Report of the Municipal Commissioner on the plague in Bombay for the year ending 31st May... - Volume 3
Disease focus: Plague
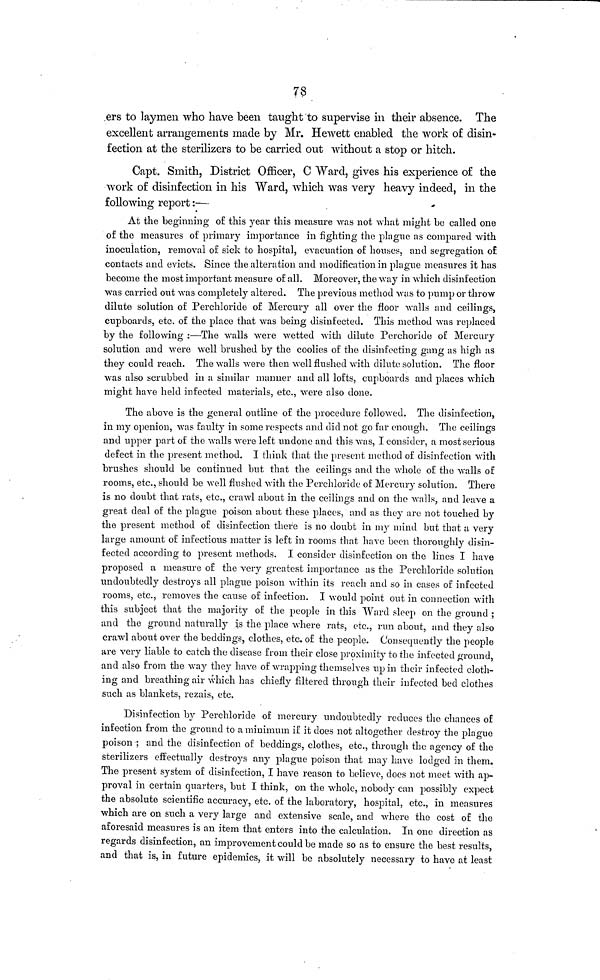
78
ers to laymen who have been taught to supervise in their absence. The
excellent arrangements made by Mr. Hewett enabled the work of disin-
fection at the sterilizers to be carried out without a stop or hitch.
Capt. Smith, District Officer, C Ward, gives his experience of the
work of disinfection in his Ward, which was very heavy indeed, in the
following report:—
At the beginning of this year this measure was not what might be called one
of the measures of primary importance in fighting the plague as compared with
inoculation, removal of sick to hospital, evacuation of houses, and segregation of
contacts and evicts. Since the alteration and modification in plague measures it has
become the most important measure of all. Moreover, the way in which disinfection
was carried out was completely altered. The previous method was to pump or throw
dilute solution of Perchloride of Mercury all over the floor walls and ceilings,
cupboards, etc. of the place that was being disinfected. This method was replaced
by the following :—The walls were wetted with dilute Perchoride of Mercury
solution and were well brushed by the coolies of the disinfecting gang as high as
they could reach. The walls were then well flushed with dilute solution. The floor
was also scrubbed in a similar manner and all lofts, cupboards and places which
might have held infected materials, etc., were also done.
The above is the general outline of the procedure followed. The disinfection,
in my openion, was faulty in some respects and did not go far enough. The ceilings
and upper part of the walls were left undone and this was, I consider, a most serious
defect in the present method. I think that the present method of disinfection with
brushes should be continued but that the ceilings and the whole of the walls of
rooms, etc., should be well flushed with the Perchloride of Mercury solution. There
is no doubt that rats, etc., crawl about in the ceilings and on the walls, and leave a
great deal of the plague poison about these places, and as they are not touched by
the present method of disinfection there is no doubt in my mind but that a very
large amount of infectious matter is left in rooms that have been thoroughly disin-
fected according to present methods. I consider disinfection on the lines I have
proposed a measure of the very greatest importance as the Perchloride solution
undoubtedly destroys all plague poison within its reach and so in cases of infected
rooms, etc., removes the cause of infection. I would point out in connection with
this subject that the majority of the people in this Ward sleep on the ground ;
and the ground naturally is the place where rats, etc., run about, and they also
crawl about over the beddings, clothes, etc. of the people. Consequently the people
are very liable to catch the disease from their close proximity to the infected ground,
and also from the way they have of wrapping themselves up in their infected cloth-
ing and breathing air which has chiefly filtered through their infected bed clothes
such as blankets, rezais, etc.
Disinfection by Perchloride of mercury undoubtedly reduces the chances of
infection from the ground to a minimum if it does not altogether destroy the plague
poison ; and the disinfection of beddings, clothes, etc., through the agency of the
sterilizers effectually destroys any plague poison that may have lodged in them.
The present system of disinfection, I have reason to believe, does not meet with ap-
proval in certain quarters, but I think, on the whole, nobody can possibly expect
the absolute scientific accuracy, etc. of the laboratory, hospital, etc., in measures
which are on such a very large and extensive scale, and where the cost of the
aforesaid measures is an item that enters into the calculation. In one direction as
regards disinfection, an improvement could be made so as to ensure the best results,
and that is, in future epidemics, it will be absolutely necessary to have at least